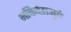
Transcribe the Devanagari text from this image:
भक्तिवेडामुळे